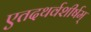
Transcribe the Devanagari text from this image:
एतदथर्वशीर्षम्‌